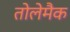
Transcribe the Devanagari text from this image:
तोलेमैक